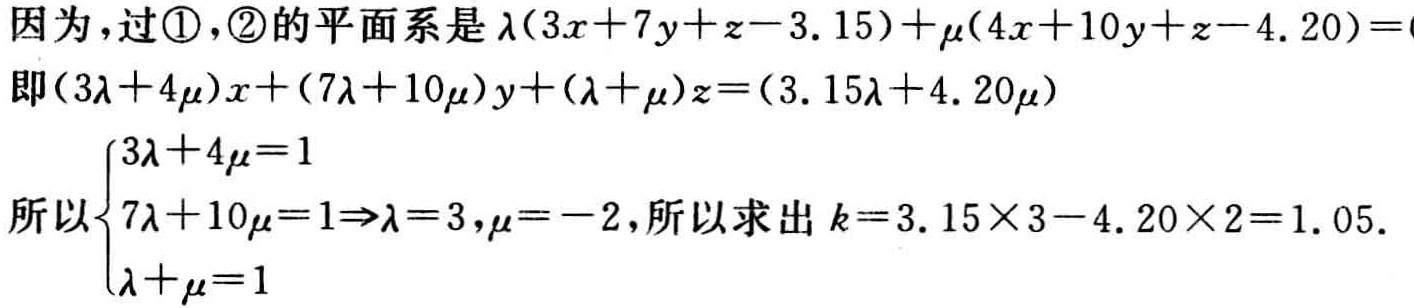
因为，过\textcircled{1}，\textcircled{2}的平面系是\(\lambda(3x + 7y + z - 3.15)+\mu(4x + 10y + z - 4.20)=0\)

即\((3\lambda + 4\mu)x+(7\lambda + 10\mu)y+(\lambda + \mu)z=(3.15\lambda + 4.20\mu)\)

所以\(\begin{cases}3\lambda + 4\mu = 1\\7\lambda + 10\mu = 1\\\lambda + \mu = 1\end{cases}\Rightarrow\lambda = 3,\mu = - 2\)，所以求出\(k = 3.15\times3 - 4.20\times2 = 1.05\).